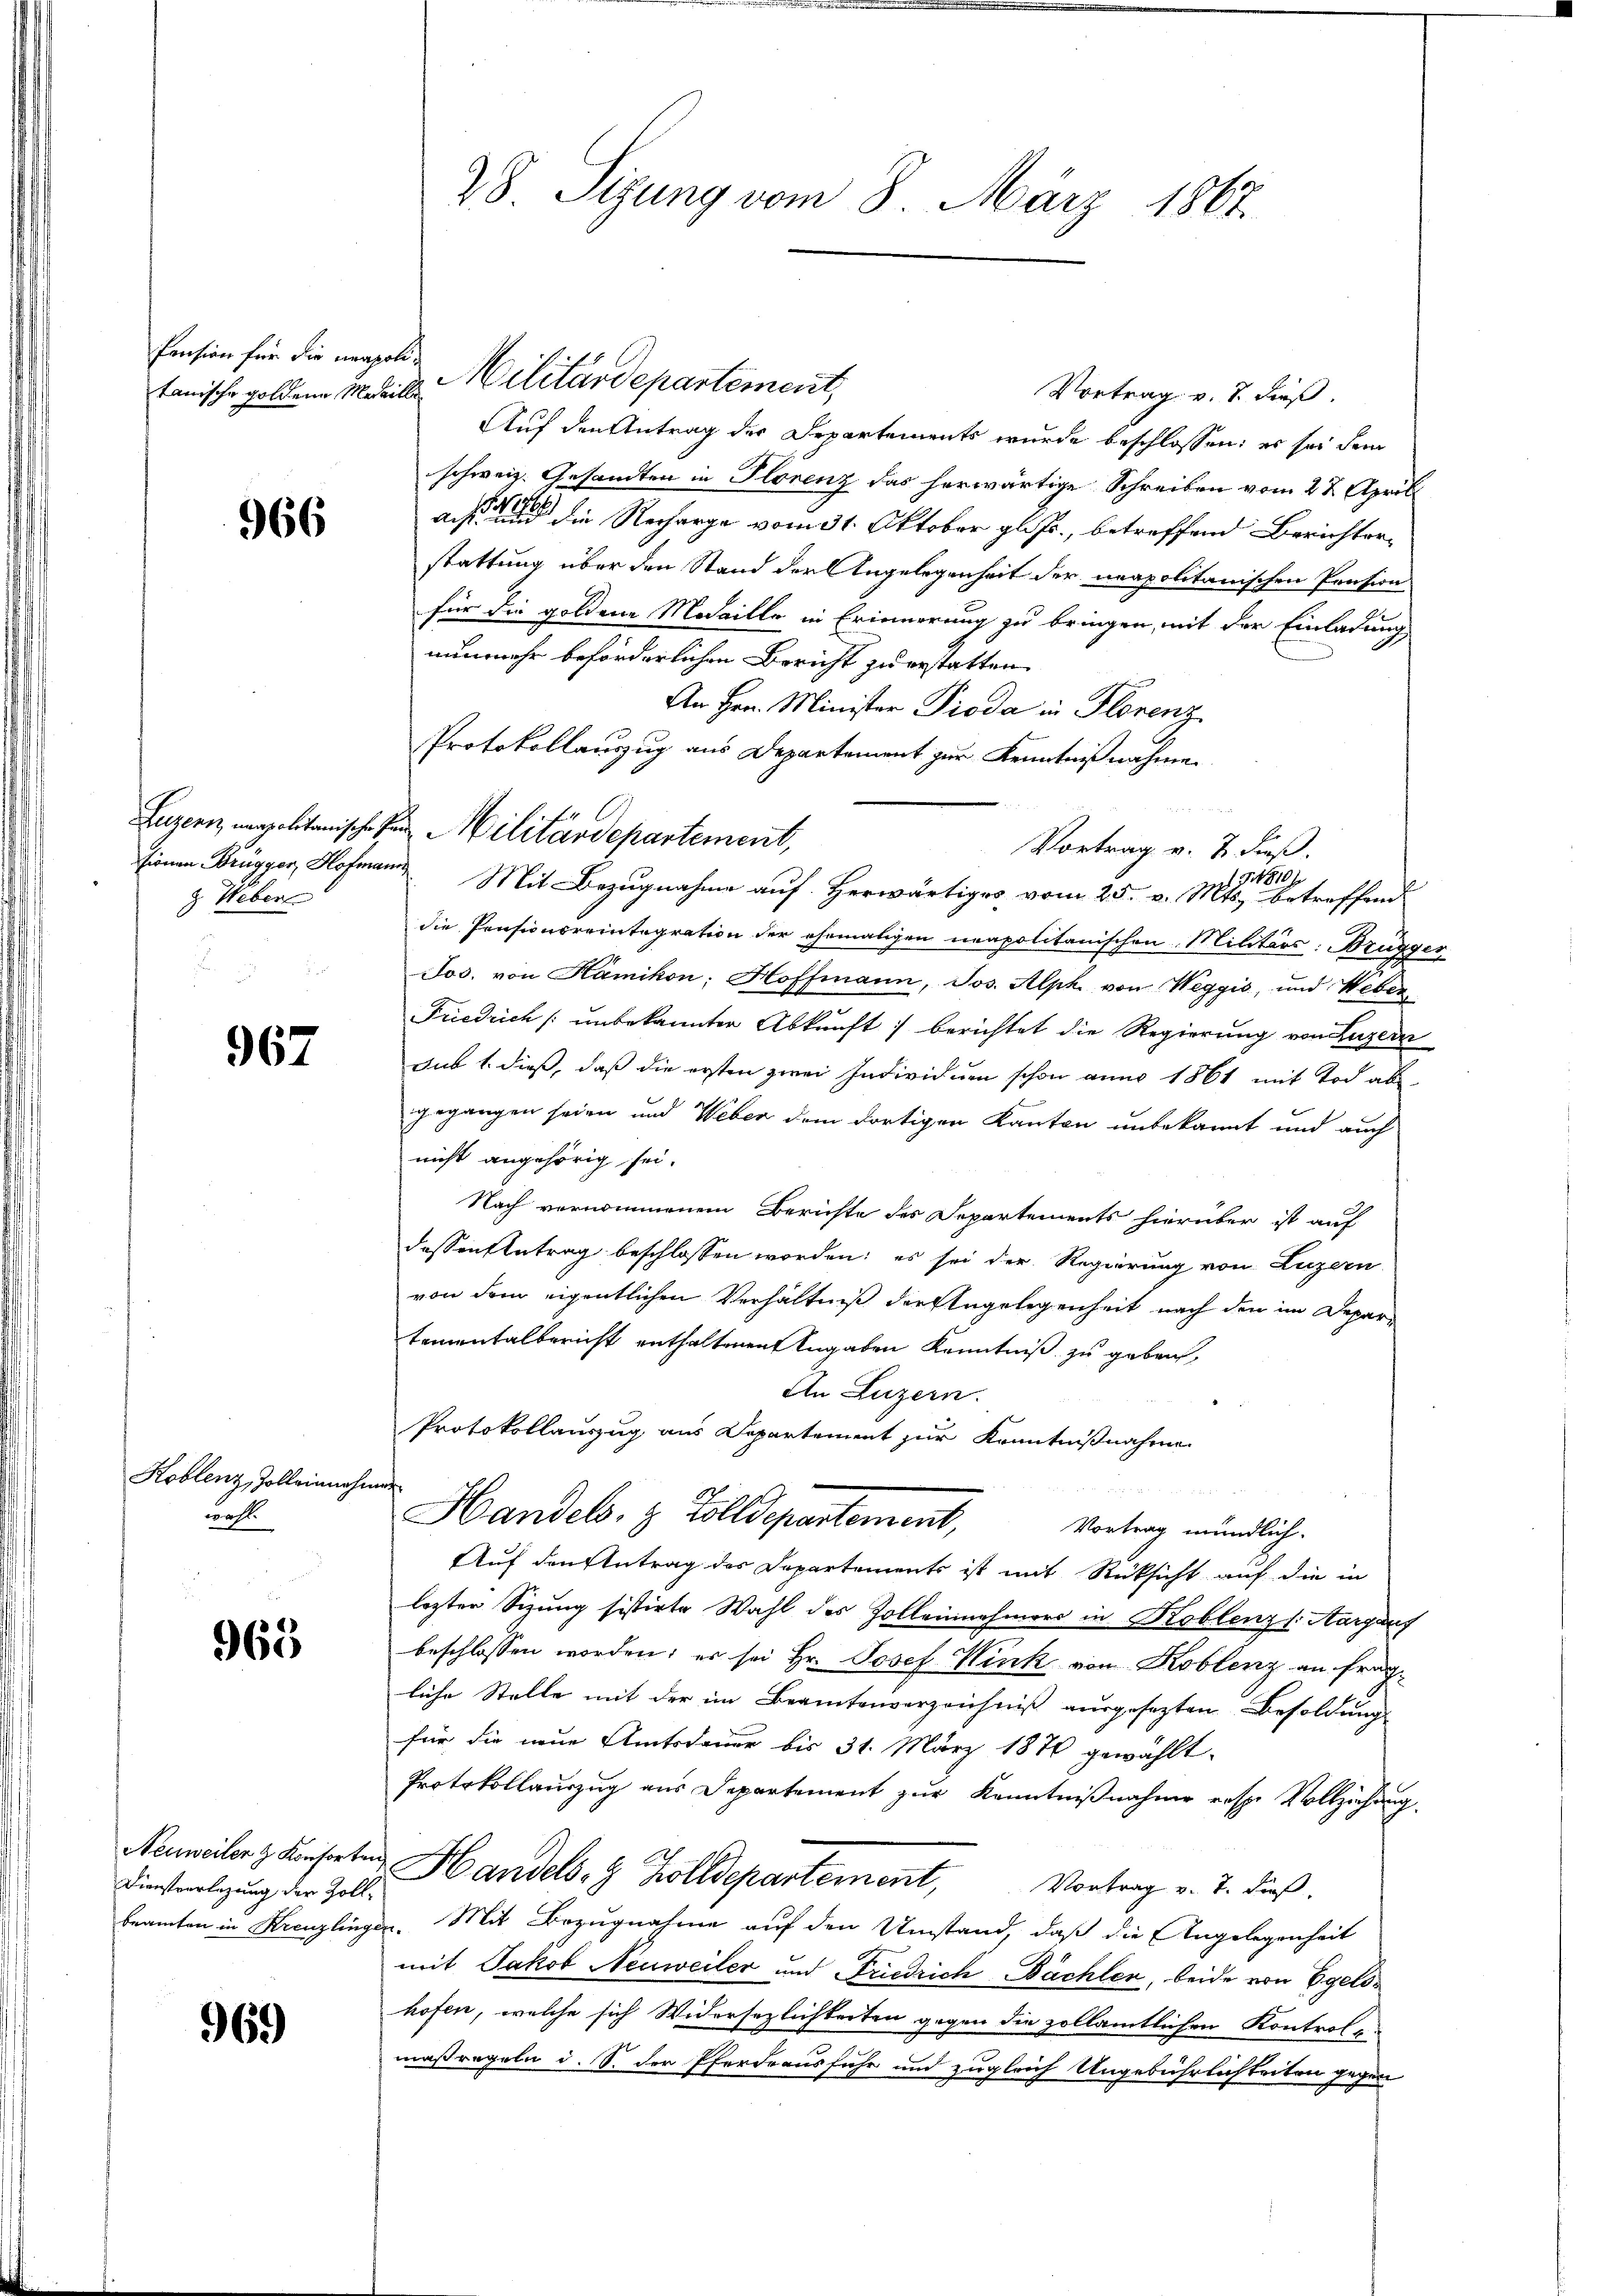
tanische goldene Medaille

966

z Weber

967

Koblenz, Zolleinung
wahl

965

Dienstverlegung der Zollbeamten in Kreuzling

969

Vortrag v. 7. dieß.
Auf den Antrag der Departements wurde beschlossen: es sei dem
schweiz. Gesandten in Florenz das herwärtige Schreiben vom 28. April
aesen einen und die Recharge vom 31. Oktober gl. Js., betreffend Berichterstattung über den Stand der Angelegenheit der neapolitanischen Pension
für die goldene Medaille in Erinnerung zu bringen, mit der Einladung
nunmehr beförderlichen Bericht zu erstatten.
An Hrn. Minister Pioda in Florenz

 G. 810 f
sienen Brügger, Hofmann Mit Bezugnahme auf Herwärtiges vom 25. v. Mts. betreffend
die Pensionsreintegration der ehemaligen neapolitanischen Militärs: Brugger
Jos. von Hamikon; Hoffmann, Jos. Alph. von Weggis, und Weber
Friedrich unbekannten Abkunft berichtet die Regierung von Luzern
sub 1. dieß, daß die ersten zwei Individum schon anno 1861 mit Tod abgegangen seien und Weber dem dortigen Kanton unbekannt und auch
nicht angehörig sei.
Nach vernommenem Berichte des Departements hierüber ist auf
dessen Antrag beschlossen worden; es sei der Regierung von Luzern
von dem eigentlichen Verhältniß der Angelegenheit nach den im Departementalbericht enthaltenen Angaben Kenntniß zu geben,
An Luzern.
Protokollauszug aus Departement zur Kenntnißnahme
bewaf
Handels. z. Zolldepartement,
Vortrag mündlich.
Auf den Antrag des Departements ist mit Rücksicht auf die in
lezter Sizung sistirte Wahl des Zolleinehmers in Koblenz s. Aargaus
beschlossen worden; es sei Hr. Josef Wink von Koblenz an fragliche Stelle mit der im Beamtenverzeichniß ausgesezten Besoldung
für die neue Amtsdauer bis 31. März 1870 gewählt.
Protokollauszug aus Departement zur Kenntnißnahme resp. Vollziehung
Neumiler z. Kunsteten Handels- & Zolldepartement,
Vortrag v. 7. dieß,
in. Mit Bezugnahme auf den Umstand, daß die Angelegenheit
mit Jakob Neuweiler und Friedrich Büchlen, beide von Egelshofen, welche sich Widersezlichkeiten gegen die zollämtlichen Kontrole
maßregeln d. S. der Pferdrausfuhr und zugleich Ungebührlichkeiten gegen

28. Sizung vom 8. März 1867.

Pension für die neugel Militärdepartement,

Protokollauszug aus Departement zur Kenntnißnahmen.
Luzern, napolitanische den Militärdepartement,
Vortrag v. 7. dieß.